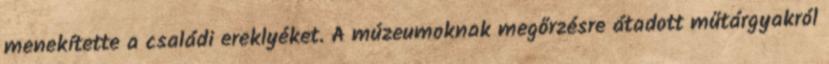
menekítette a családi ereklyéket. A múzeumoknak megőrzésre átadott műtárgyakról